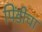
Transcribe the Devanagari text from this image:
पिंडीचा